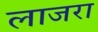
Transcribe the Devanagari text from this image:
लाजरा